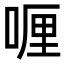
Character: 喱